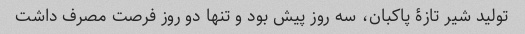
تولید شیر تازۀ پاکبان، سه روز پیش بود و تنها دو روز فرصت مصرف داشت